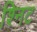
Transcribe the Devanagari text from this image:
श्निट